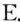
E.